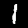
Label: 1